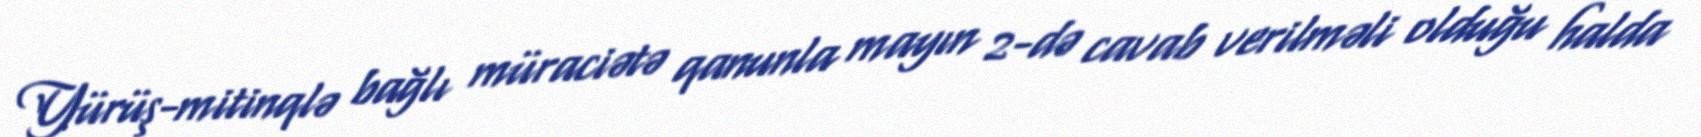
Yürüş-mitinqlə bağlı müraciətə qanunla mayın 2-də cavab verilməli olduğu halda